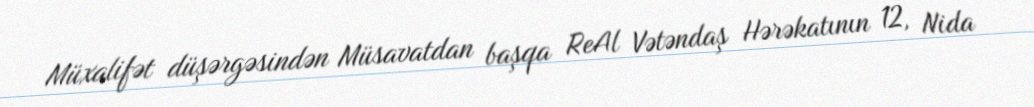
Müxalifət düşərgəsindən Müsavatdan başqa ReAl Vətəndaş Hərəkatının 12, Nida